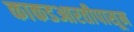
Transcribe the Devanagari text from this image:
काकडआरतीपासून